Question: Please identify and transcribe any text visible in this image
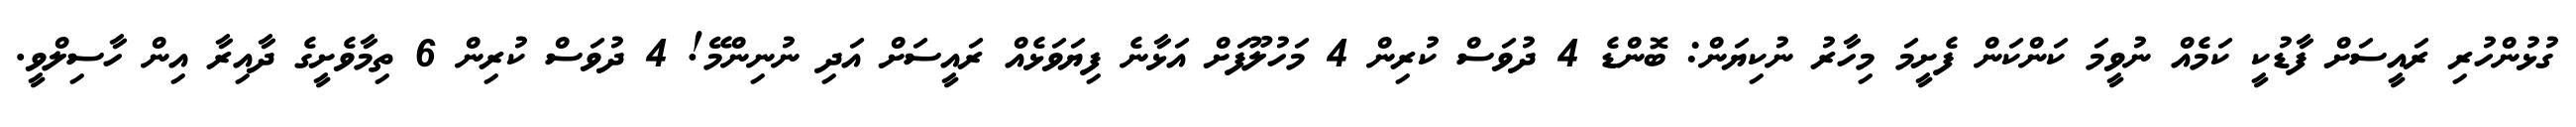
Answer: ގުޅުންހުރި ރައީސަށް ފާޑުކީ ކަމެއް ނުވީމަ ކަންކަން ފެށީމަ މިހާރު ނުކިޔަން: ބޮންޑެ 4 ދުވަސް ކުރިން 4 މަހުލޫފަށް އަޅާނެ ފިޔަވަޅެއް ރައީސަށް އަދި ނުނިންމޭ! 4 ދުވަސް ކުރިން 6 ތިމާވެށީގެ ދާއިރާ އިން ހާސިލްވީ.